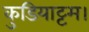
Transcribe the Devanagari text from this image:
कुडियाट्टम।